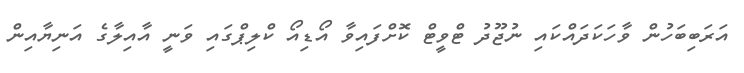
އަރަބިބަހުން ވާހަކަދައްކައި ނުޖޫދު ޓްވީޓް ކޮށްފައިވާ އޯޑިއޯ ކްލިޕްގައި ވަނީ އާއިލާގެ އަނިޔާއިން